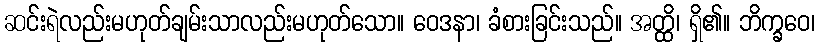
ဆင်းရဲလည်းမဟုတ်ချမ်းသာလည်းမဟုတ်သော။ ဝေဒနာ၊ ခံစားခြင်းသည်။ အတ္ထိ၊ ရှိ၏။ ဘိက္ခဝေ၊